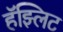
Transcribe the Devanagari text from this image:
हॅझ्लिट